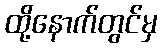
ထို့နောက်တွင်မှ